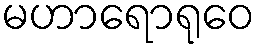
မဟာရောရုဝေ